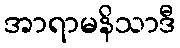
အာရာမနိသာဒီ